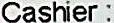
CASHIER :